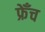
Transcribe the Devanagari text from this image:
फ्रेँच